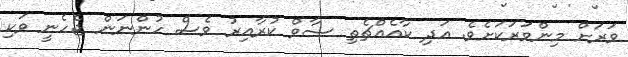
ވަރަށް މިންވަރަކަށެވެ. އަދި ކާއެއްޗެތި ސާވް ކުރާއިރު ވެސް ހުންނަން ޖެހެނީ ވަކި